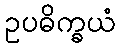
ဥပဓိက္ခယံ